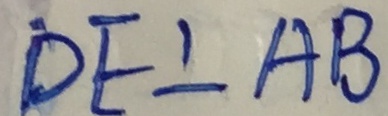
D E \bot A B